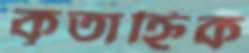
কৃতাহ্নিক